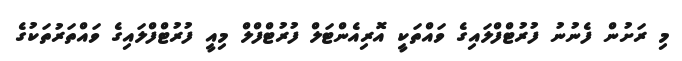
މި ރަށުން ފެނުނު ފުރުޓްފްލައިގެ ވައްތަކީ އޮރިއެންޓަލް ފުރުޓްފްލް މިއީ ފުރުޓްފްލައިގެ ވައްތަރުތަކުގެ